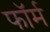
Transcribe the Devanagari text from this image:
फाॅर्म